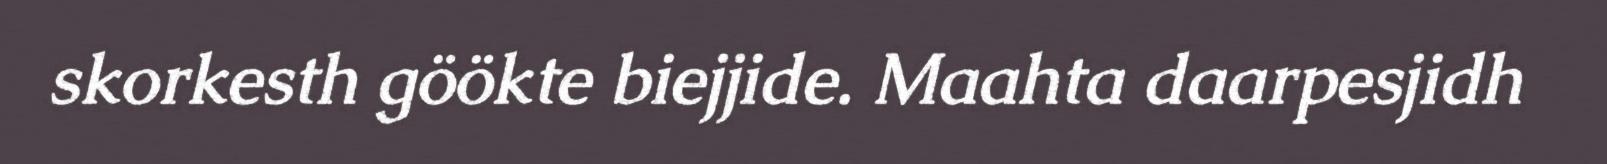
skorkesth göökte biejjide. Maahta daarpesjidh